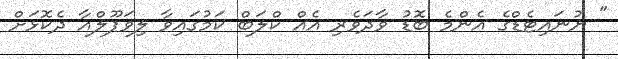
" ޔުނައިޓެޑްގެ އެންމެ ބޮޑު ވާދަވެރި އެއް ކްލަބް ކަމުގައިވާ ލިވަޕޫލްއާ ދެކޮޅަށް